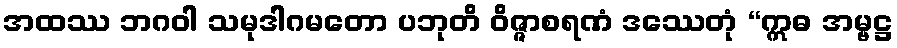
အထဿ ဘဂဝါ သမုဒါဂမတော ပဘုတိ ဝိဇ္ဇာစရဏံ ဒဿေတုံ “ဣဓ အမ္ဗဋ္ဌ